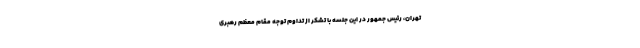
تهران، رئیس جمهور در این جلسه با تشکر از تداوم توجه مقام معظم رهبری